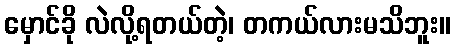
မှောင်ခို လဲလို့ရတယ်တဲ့၊ တကယ်လားမသိဘူး။